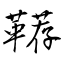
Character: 鞯